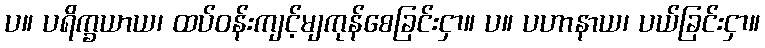
ပ။ ပရိက္ခယာယ၊ ထပ်ဝန်းကျင့်မျကုန်စေခြင်းငှာ။ ပ။ ပဟာနာယ၊ ပယ်ခြင်းငှာ။